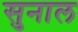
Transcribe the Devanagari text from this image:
सुनाल